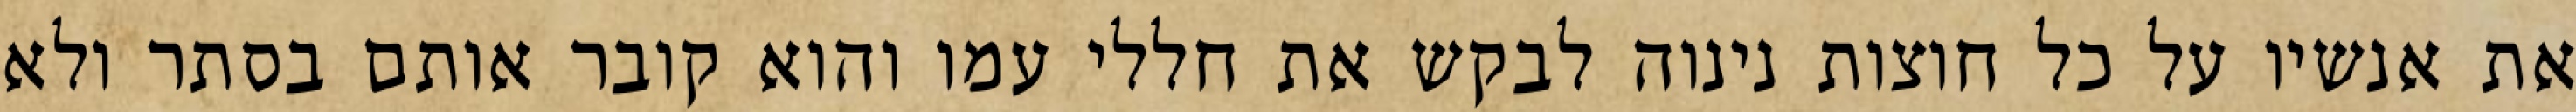
את אנשיו על כל חוצות נינוה לבקש את חללי עמו והוא קובר אותם בסתר ולא